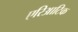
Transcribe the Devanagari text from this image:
एरिआटिक